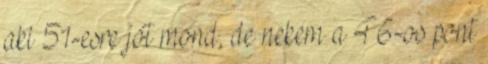
aki 51-esre jót mond, de nekem a 46-os pont